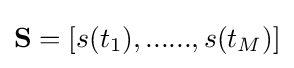
\mathbf {S} =[s(t_{1}),......,s(t_{M})]